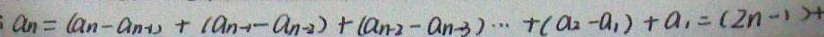
: a _ { n } = ( a _ { n } - a _ { n - 1 } ) + ( a _ { n - 1 } - a _ { n - 2 } ) + ( a _ { n - 2 } - a _ { n - 3 } ) \cdots + ( a _ { 2 } - a _ { 1 } ) + a _ { 1 } = ( 2 n - 1 ) +